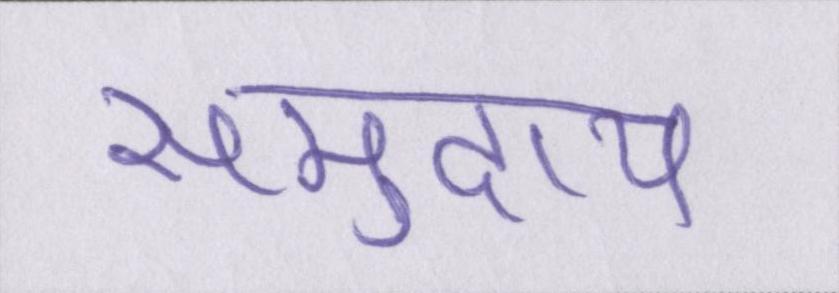
समुदाय